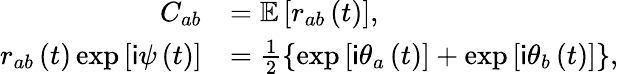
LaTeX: \begin{array}{rl}{C_{ab}}&{=\mathbb{E}\left[r_{ab}\left(t\right)\right],}\\ {r_{ab}\left(t\right)\exp\left[\mathsf{i}\psi\left(t\right)\right]}&{=\frac{1}{2}\left\{ \exp\left[\mathsf{i}\theta_{a}\left(t\right)\right]+\exp\left[\mathsf{i}\theta_{b}\left(t\right)\right]\right\} ,}\end{array}